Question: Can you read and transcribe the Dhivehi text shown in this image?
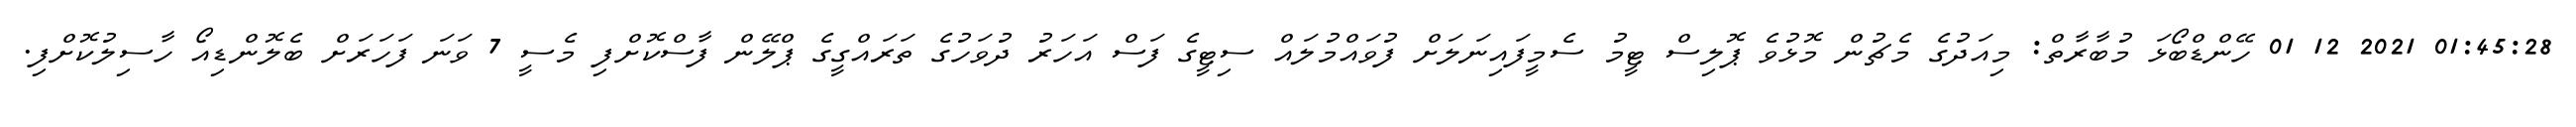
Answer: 01:45:28 2021 12 01 ހޭންޑްބޯޅަ މުބާރާތް: މިއަދުގެ މެޗުން މޮޅުވެ ޕޮލިސް ޓީމު ސެމީފައިނަލަށް ފުވައްމުލައް ސިޓީގެ ފަސް އަހަރު ދުވަހުގެ ތަރައްގީގެ ޕްލޭން ފާސްކޮށްފި މެސީ 7 ވަނަ ފަހަރަށް ބެލޮންޑިއޯ ހާސިލުކޮށްފި.